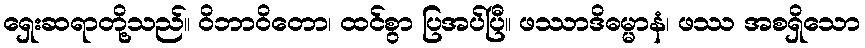
ရှေးဆရာတို့သည်။ ဝိဘာဝိတော၊ ထင်စွာ ပြအပ်ပြီ။ ဖဿာဒိဓမ္မာနံ၊ ဖဿ အစရှိသော